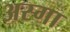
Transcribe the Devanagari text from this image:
अस्गा